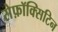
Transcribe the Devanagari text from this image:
सेफ़ॉक्सिटिन